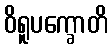
ဝိရူပက္ခောတိ